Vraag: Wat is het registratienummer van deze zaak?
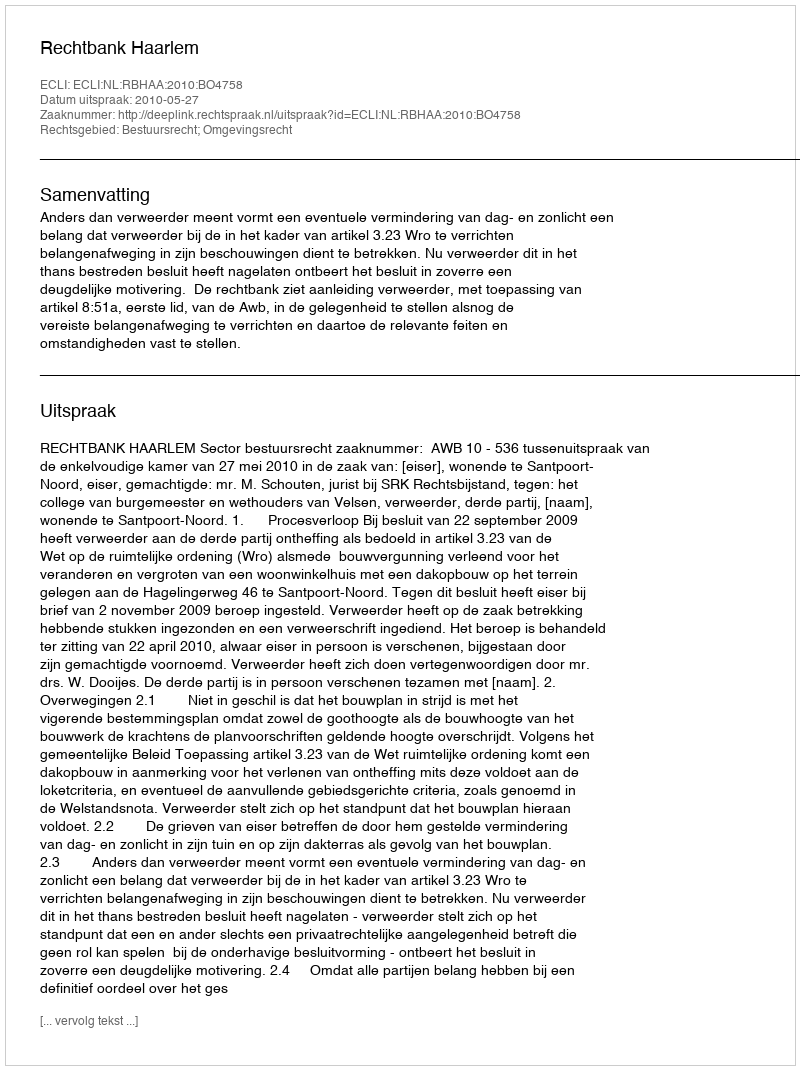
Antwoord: http://deeplink.rechtspraak.nl/uitspraak?id=ECLI:NL:RBHAA:2010:BO4758